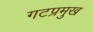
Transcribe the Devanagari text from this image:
गटप्रमुख